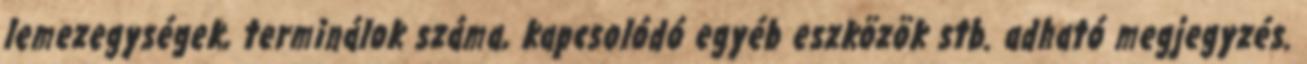
lemezegységek, terminálok száma, kapcsolódó egyéb eszközök stb. adható megjegyzés.